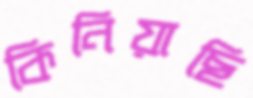
কিনিয়াছি